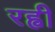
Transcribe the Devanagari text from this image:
रह्वी